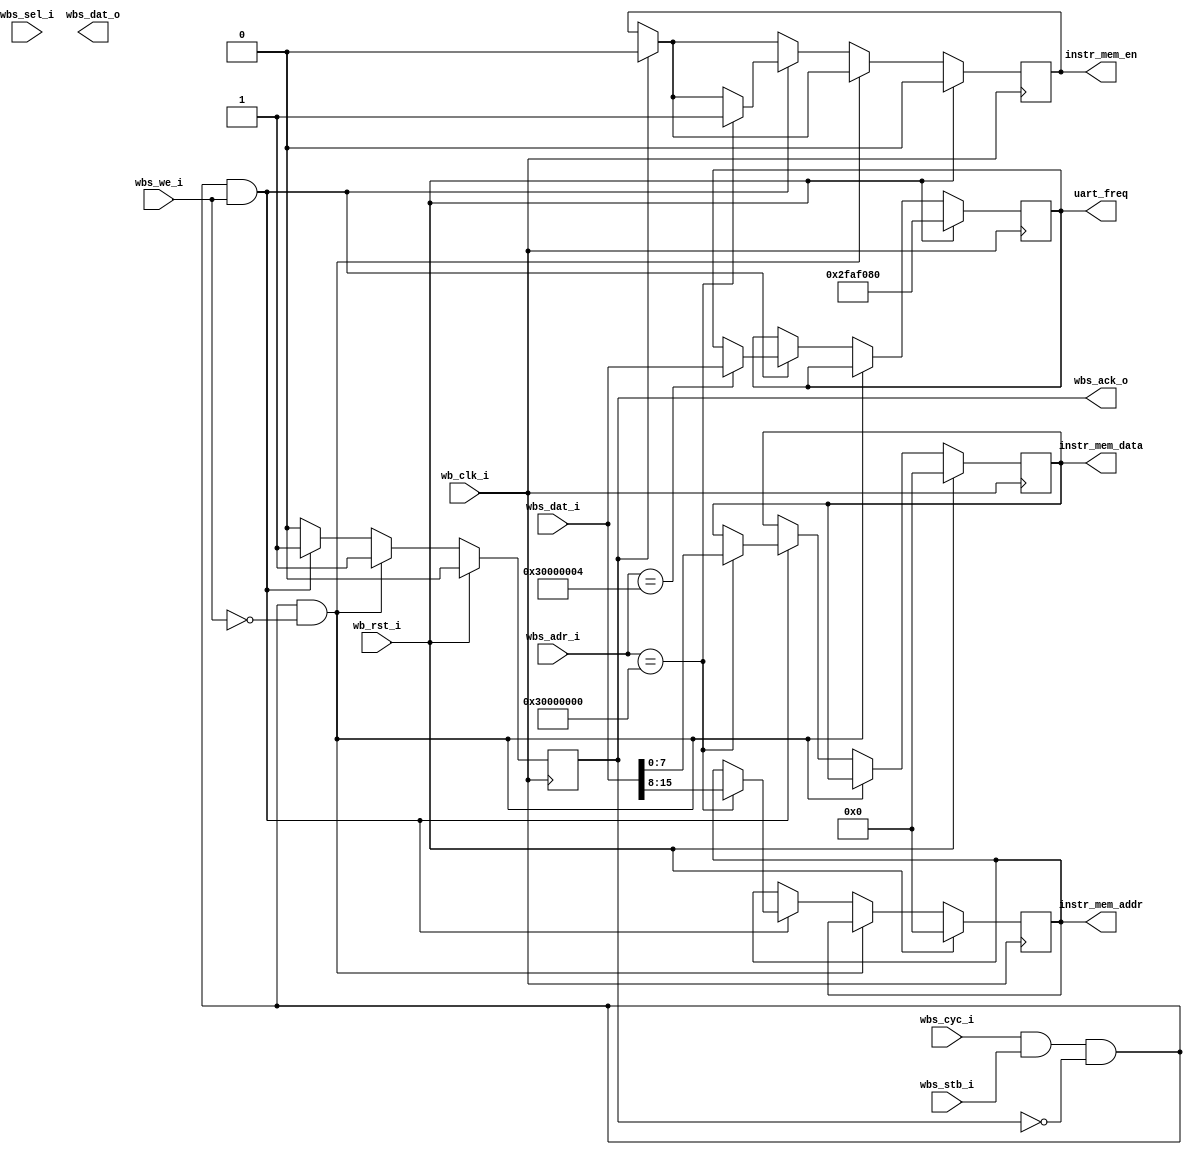
// Copyright 2021 cpu-dev
//
// Licensed under the Apache License, Version 2.0 (the "License");
// you may not use this file except in compliance with the License.
// You may obtain a copy of the License at
//
//      http://www.apache.org/licenses/LICENSE-2.0
//
// Unless required by applicable law or agreed to in writing, software
// distributed under the License is distributed on an "AS IS" BASIS,
// WITHOUT WARRANTIES OR CONDITIONS OF ANY KIND, either express or implied.
// See the License for the specific language governing permissions and
// limitations under the License.

module wishbone(
    input wb_clk_i,
    input wb_rst_i,
    input wbs_stb_i,
    input wbs_cyc_i,
    input wbs_we_i,
    input [3:0] wbs_sel_i,
    input [31:0] wbs_adr_i,
    input [31:0] wbs_dat_i,
    output wbs_ack_o,
    output [31:0] wbs_dat_o,

    output reg [7:0] instr_mem_addr,
    output reg [7:0] instr_mem_data,
    output reg instr_mem_en,

    output reg [31:0] uart_freq
);

parameter IMEM_WRITE = 32'h3000_0000;
parameter UART_CLK_FREQ = 32'h3000_0004;

wire valid;
wire we;
wire [31:0] rdata;
wire [31:0] wdata;
wire [31:0] addr;
wire sel;
wire reset;
wire clk;
reg ready;

assign valid = wbs_cyc_i & wbs_stb_i; 
assign wbs_ack_o = ready;
assign we = wbs_we_i;
assign wbs_dat_o = rdata;
assign wdata = wbs_dat_i;
assign addr = wbs_adr_i;
assign sel = wbs_sel_i;

assign reset = wb_rst_i;
assign clk   = wb_clk_i;

always @(posedge clk) begin
    if(reset) begin
        ready <= 1'b0;
        instr_mem_addr <= 8'b0;
        instr_mem_data <= 8'b0;
        instr_mem_en <= 1'b0;
        uart_freq <= 32'd50_000_000;
    end else begin
        if(ready) begin
            ready <= 1'b0;
            instr_mem_en <= 1'b0;
        end
        if (valid && !ready && !we) begin
            ready <= 1'b1;
        end else if (valid && !ready && we) begin
            case(addr)
                IMEM_WRITE: begin
                    instr_mem_addr <= wdata[15:8];
                    instr_mem_data <= wdata[7:0];
                    instr_mem_en <= 1'b1;
                end
                UART_CLK_FREQ: begin
                    uart_freq <= wdata;
                end
            endcase
            ready <= 1'b1;
        end 
    end
end
endmodule